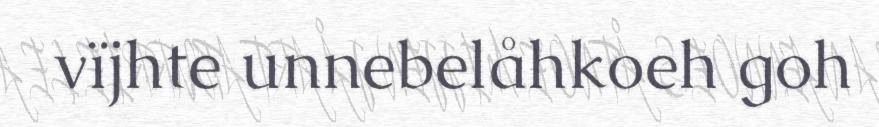
vïjhte unnebelåhkoeh goh